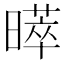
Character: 𭧩